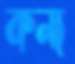
কন্য